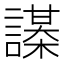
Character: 𧬔